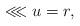
LaTeX: \begin{align*} \lll u = r ,\end{align*}